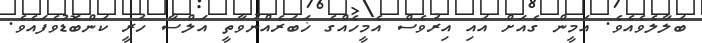
ބަލާލެވެއެވެ. އަމީން ގެއަށް އައި އިރުވެސް އެމީހެއްގެ ޚަބަރެއްނުވާތީ އަލްސާ ހުރީ ކަންބޮޑުވެފައެވެ.